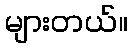
များတယ်။